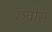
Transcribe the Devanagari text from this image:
छबीस